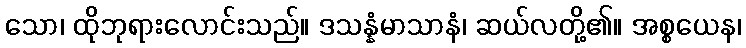
သော၊ ထိုဘုရားလောင်းသည်။ ဒသန္နံမာသာနံ၊ ဆယ်လတို့၏။ အစ္စယေန၊